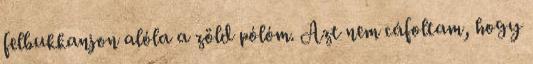
felbukkanjon alóla a zöld pólóm. Azt nem cáfoltam, hogy